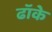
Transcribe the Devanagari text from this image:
ढॉके